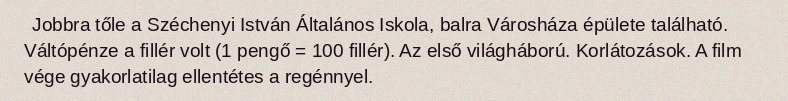
Jobbra tőle a Széchenyi István Általános Iskola, balra Városháza épülete található. Váltópénze a fillér volt (1 pengő = 100 fillér). Az első világháború. Korlátozások. A film vége gyakorlatilag ellentétes a regénnyel.